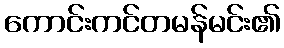
ကောင်းကင်တမန်မင်း၏